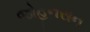
જોહનસન